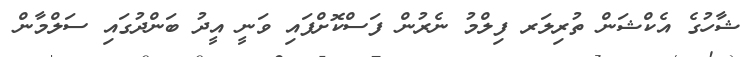
ޝާހުގެ އެކްޝަން ތުރިލަރ ފިލްމު ނެރުން ފަސްކޮށްފައި ވަނީ އީދު ބަންދުގައި ސަލްމާން